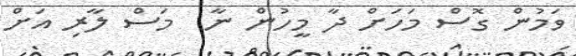
ވަމުން ގޮސް މަހަށް ދާ މީހުން ނާ  މަސް ލާރި އަށް